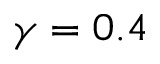
\gamma = 0 . 4